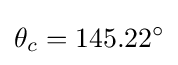
\theta _{c}=145.22^{\circ }